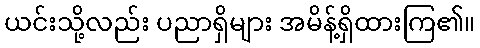
ယင်းသို့လည်း ပညာရှိများ အမိန့်ရှိထားကြ၏။